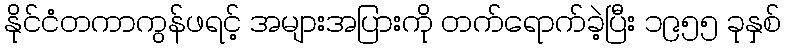
နိုင်ငံတကာကွန်ဖရင့် အများအပြားကို တက်ရောက်ခဲ့ပြီး ၁၉၅၅ ခုနှစ်